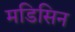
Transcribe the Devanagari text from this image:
मडिसिन